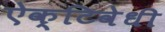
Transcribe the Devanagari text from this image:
ऐक्टिवेधी